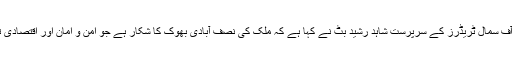
2016ء)اسلام آباد چیمبر آف سمال ٹریڈرز کے سرپرست شاہد رشید بٹ نے کہا ہے کہ ملک کی نصف آبادی بھوک کا شکار ہے جو امن و امان اور اقتصادی ترقی کیلئے بڑا خطرہ ہے۔